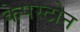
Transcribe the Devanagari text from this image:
केपस्टोन